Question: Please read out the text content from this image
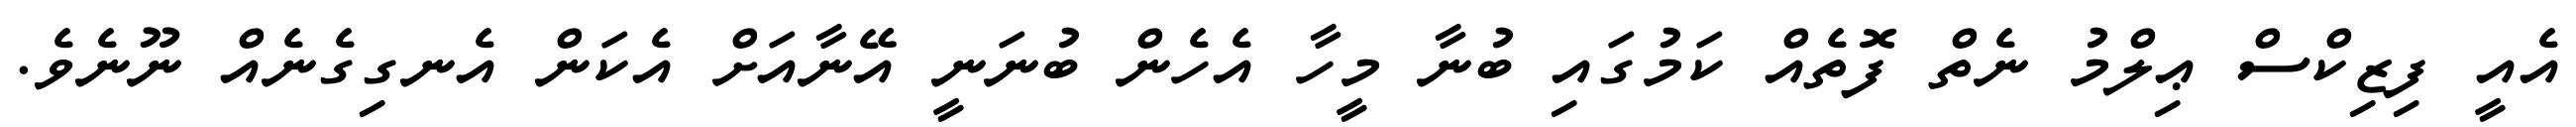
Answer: އެއީ ފިޒިކްސް ޢިލްމު ނެތް ފޮތެއް ކަމުގައި ބުނާ މީހާ އެހެން ބުނަނީ އޭނާއަށް އެކަން އެނގިގެނެއް ނޫނެވެ.